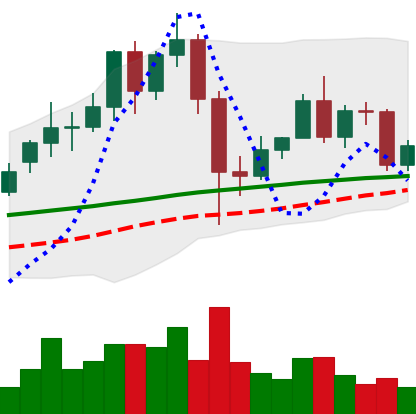
Ticker: LINK-USD
Chart end date: 2020-12-05
Forward return: -9.495%
Label: down_7plus